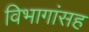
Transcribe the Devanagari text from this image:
विभागांसह